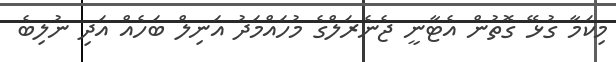
މިކަމާ ގުޅޭ ގޮތުން އެޓާނީ ޖެނެރަލްގެ މުހައްމަދު އަނިލް ބަހެއް އަދި ނުލިބެ